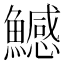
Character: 鱤